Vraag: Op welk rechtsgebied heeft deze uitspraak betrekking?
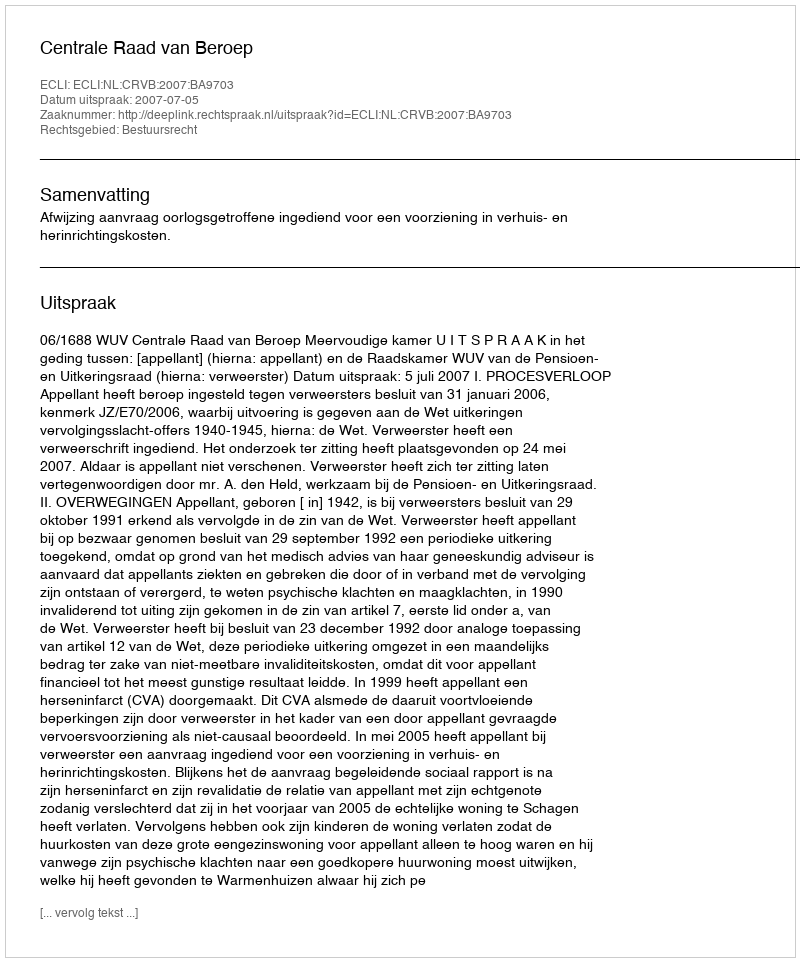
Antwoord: Bestuursrecht